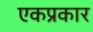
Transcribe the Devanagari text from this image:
एकप्रकार